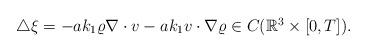
LaTeX: \begin{align*}\begin{array}{ll}\triangle\xi = -a k_1\varrho\nabla\cdot v - a k_1 v\cdot\nabla\varrho \in C(\mathbb{R}^3\times [0,T]).\end{array}\end{align*}